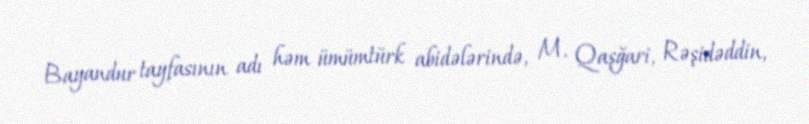
Bayandur tayfasının adı həm ümümtürk abidələrində, M. Qaşğari, Rəşidəddin,